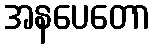
အနပေတော